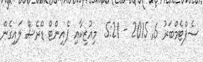
ސެޕްޓެމްބަރު 6